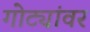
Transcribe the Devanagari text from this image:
गोट्यांवर